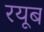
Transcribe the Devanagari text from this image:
रयूब